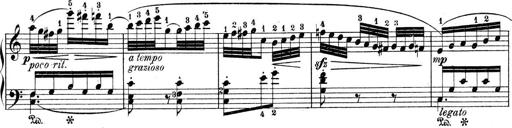
Title: 9 Sonatinen
Composer: Alexander Winterberger